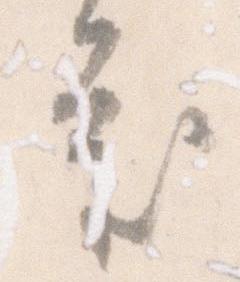
審